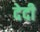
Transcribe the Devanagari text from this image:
देदी